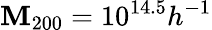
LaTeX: \mathbf{M}_{200}=10^{14.5}h^{-1}